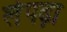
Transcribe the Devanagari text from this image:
लेपढ़ा